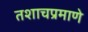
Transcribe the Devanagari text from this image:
तशाचप्रमाणे